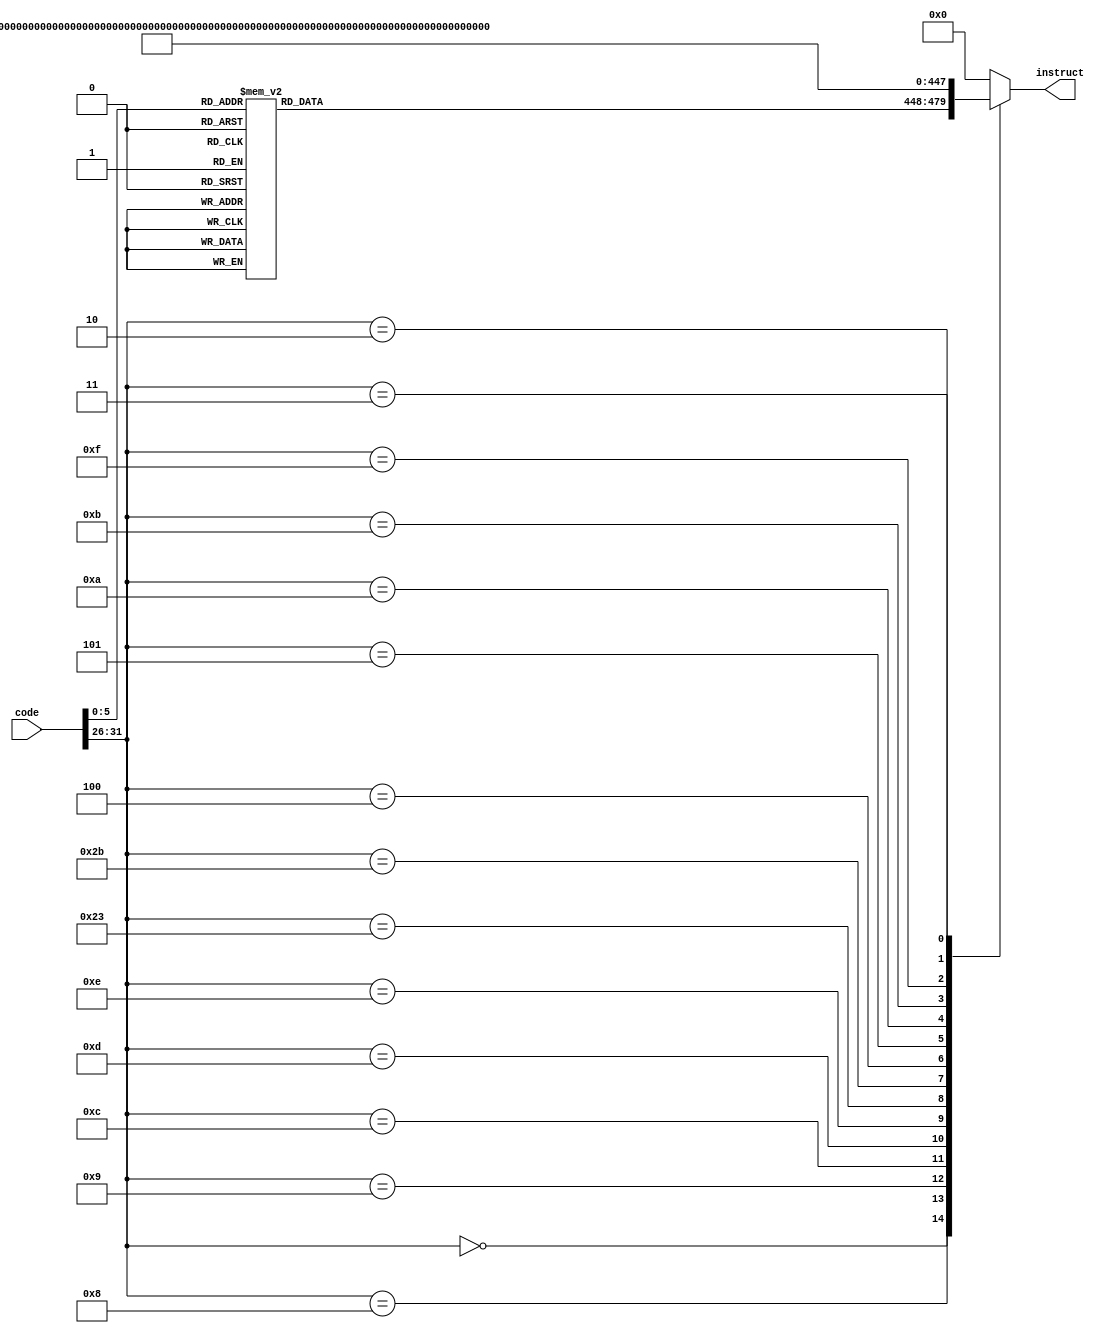
//
//inputcode(32)
//output:instruct(32)

module Decoder(
    input [31:0] code,
    output reg [31:0] instruct
);
    wire [5:0] op;
    wire [5:0] func;
    assign op=code[31:26];
    assign func=code[5:0];

    always @(*) 
    begin
        case(op)
            6'b000000:
            begin
                case(func)
                    6'b100000: instruct = 32'b00000000_00000000_00000000_00000001; //add
                    6'b100001: instruct = 32'b00000000_00000000_00000000_00000010; //addu
                    6'b100010: instruct = 32'b00000000_00000000_00000000_00000100; //sub
                    6'b100011: instruct = 32'b00000000_00000000_00000000_00001000; //subu
                    6'b100100: instruct = 32'b00000000_00000000_00000000_00010000; //and
                    6'b100101: instruct = 32'b00000000_00000000_00000000_00100000; //or
                    6'b100110: instruct = 32'b00000000_00000000_00000000_01000000; //xor
                    6'b100111: instruct = 32'b00000000_00000000_00000000_10000000; //nor
                    6'b101010: instruct = 32'b00000000_00000000_00000001_00000000; //slt
                    6'b101011: instruct = 32'b00000000_00000000_00000010_00000000; //sltu
                    6'b000000: instruct = 32'b00000000_00000000_00000100_00000000; //sll
                    6'b000010: instruct = 32'b00000000_00000000_00001000_00000000; //srl
                    6'b000011: instruct = 32'b00000000_00000000_00010000_00000000; //sra
                    6'b000100: instruct = 32'b00000000_00000000_00100000_00000000; //sllv
                    6'b000110: instruct = 32'b00000000_00000000_01000000_00000000; //srlv
                    6'b000111: instruct = 32'b00000000_00000000_10000000_00000000; //srav
                    6'b001000: instruct = 32'b00000000_00000001_00000000_00000000; //jr
                    default: instruct = 32'b0;
                endcase
            end
            6'b001000: instruct = 32'b00000000_00000010_00000000_00000000; //addi
            6'b001001: instruct = 32'b00000000_00000100_00000000_00000000; //addiu
            6'b001100: instruct = 32'b00000000_00001000_00000000_00000000; //andi
            6'b001101: instruct = 32'b00000000_00010000_00000000_00000000; //ori
            6'b001110: instruct = 32'b00000000_00100000_00000000_00000000; //xori
            6'b100011: instruct = 32'b00000000_01000000_00000000_00000000; //lw
            6'b101011: instruct = 32'b00000000_10000000_00000000_00000000; //sw
            6'b000100: instruct = 32'b00000001_00000000_00000000_00000000; //beq
            6'b000101: instruct = 32'b00000010_00000000_00000000_00000000; //bne
            6'b001010: instruct = 32'b00000100_00000000_00000000_00000000; //slti
            6'b001011: instruct = 32'b00001000_00000000_00000000_00000000; //sltiu
            6'b001111: instruct = 32'b00010000_00000000_00000000_00000000; //lui
            6'b000010: instruct = 32'b00100000_00000000_00000000_00000000; //j
            6'b000011: instruct = 32'b01000000_00000000_00000000_00000000; //jal
            default: instruct = 32'b0;
        endcase
    end
endmodule